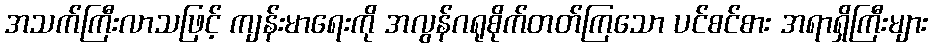
အသက်ကြီးလာသဖြင့် ကျန်းမာရေးကို အလွန်ဂရုစိုက်တတ်ကြသော ပင်စင်စား အရာရှိကြီးများ